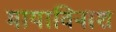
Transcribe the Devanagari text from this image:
मायाविनाश